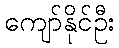
ကျော်နိုင်ဦး